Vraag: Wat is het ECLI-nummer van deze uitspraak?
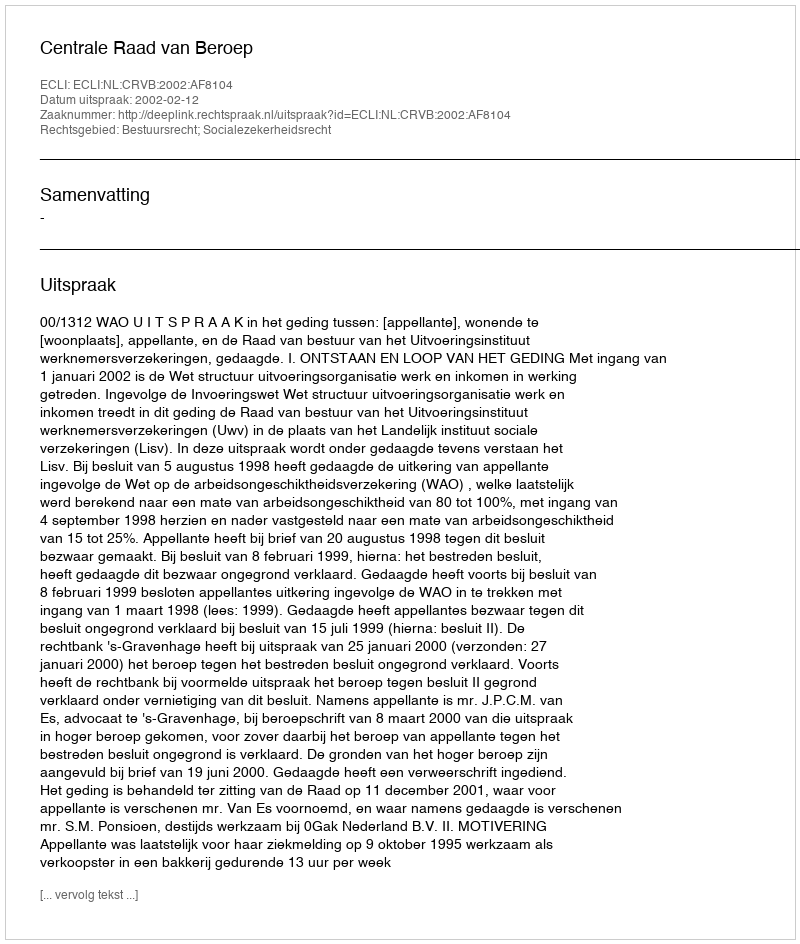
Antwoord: ECLI:NL:CRVB:2002:AF8104